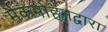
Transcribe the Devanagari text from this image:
मैकमोहनद्वारा